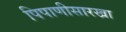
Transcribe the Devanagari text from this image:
पिपाणीसारखा